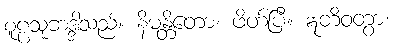
စူဠသုဘဒ္ဒါသည်။ နိမန္တိတော၊ ဖိတ်ပြီ။ ဣတိဝတွာ၊